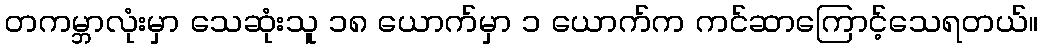
တကမ္ဘာလုံးမှာ သေဆုံးသူ ၁၈ ယောက်မှာ ၁ ယောက်က ကင်ဆာကြောင့်သေရတယ်။